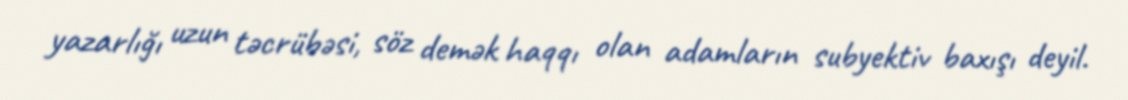
yazarlığı uzun təcrübəsi, söz demək haqqı olan adamların subyektiv baxışı deyil.